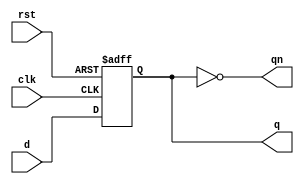
module dff (
    input d,
    input clk,
    input rst,
    output reg q,
    output qn
    );
    always@ (posedge clk or negedge rst) begin
        if (!rst)
            q <= 0;
        else
            q <= d;
    end
    assign qn = ~q;
endmodule